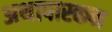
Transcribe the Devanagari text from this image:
अथापास्कन